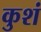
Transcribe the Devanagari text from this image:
कुशं